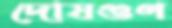
দোষগুণ